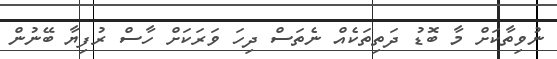
ނުވިތާކަށް މާ ބޮޑު ދަތިތަކެއް ނެތަސް ދިހަ ވަރަކަށް ހާސް ރުފިޔާ ބޭނުން